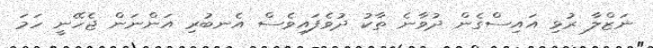
ނަޒްލާ ރުޅި އައިސްގެން ދުވާނެ ތާކު ދުވެފައިވެސް އެނބުރި އަންނަން ޖެހޭނީ ހަމަ